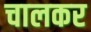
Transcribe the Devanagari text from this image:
चालकर